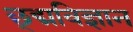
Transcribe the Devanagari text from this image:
छ्द्मविज्ञान